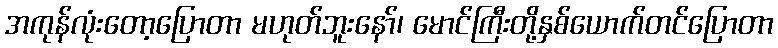
အကုန်လုံးတော့ပြောတာ မဟုတ်ဘူးနော်၊ မောင်ကြီးတို့နှစ်ယောက်တင်ပြောတာ